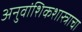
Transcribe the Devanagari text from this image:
अनुवांशिकशास्त्राचा